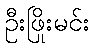
ဦးဖြိုးမင်း